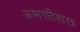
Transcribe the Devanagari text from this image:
ऊष्मगतिशास्त्र